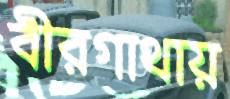
বীরগাথায়